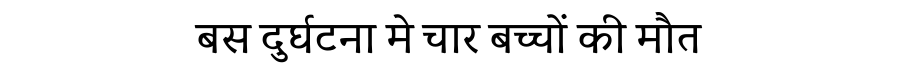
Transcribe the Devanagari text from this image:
बस दुर्घटना मे चार बच्चों की मौत